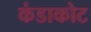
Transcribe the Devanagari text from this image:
कंडाकोट